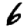
Digit: 6